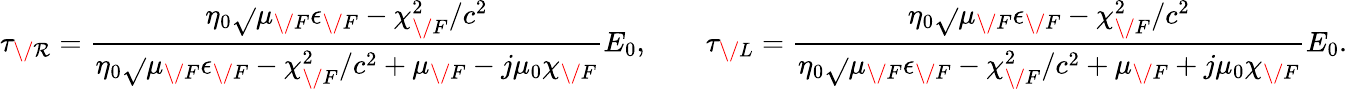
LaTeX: \tau_{\/ \mathcal{R}}=\frac{{\eta_{0}\sqrt{}{{\mu_{\/ F}\epsilon_{\/ F}-\chi_{\/ F}^{2}/c^{2}}}}}{{\eta_{0}\sqrt{}{{\mu_{\/ F}\epsilon_{\/ F}-\chi_{\/ F}^{2}/c^{2}}}+\mu_{\/ F}-j\mu_{0}\chi_{\/ F}}}E_{0},\qquad\tau_{\/ L}=\frac{{\eta_{0}\sqrt{}{{\mu_{\/ F}\epsilon_{\/ F}-\chi_{\/ F}^{2}/c^{2}}}}}{{\eta_{0}\sqrt{}{{\mu_{\/ F}\epsilon_{\/ F}-\chi_{\/ F}^{2}/c^{2}}}+\mu_{\/ F}+j\mu_{0}\chi_{\/ F}}}E_{0}.